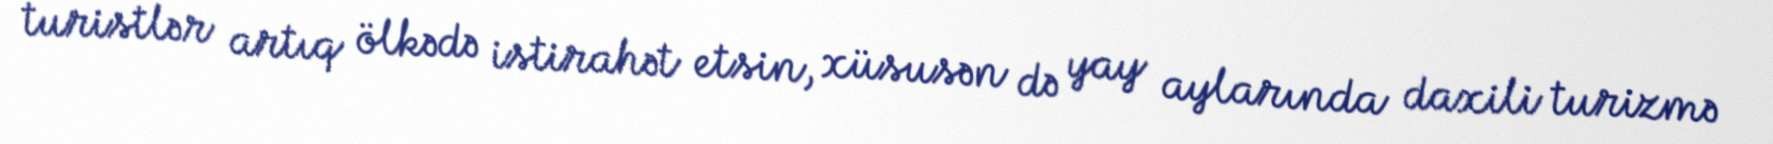
turistlər artıq ölkədə istirahət etsin, xüsusən də yay aylarında daxili turizmə